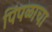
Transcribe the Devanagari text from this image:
पिंपळाचा